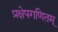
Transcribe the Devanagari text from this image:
प्रक्षेपगणितम्